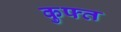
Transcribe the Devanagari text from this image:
कुफ्त